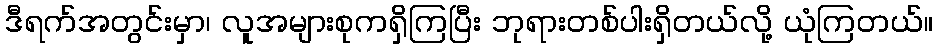
ဒီရက်အတွင်းမှာ၊ လူအများစုကရှိကြပြီး ဘုရားတစ်ပါးရှိတယ်လို့ ယုံကြတယ်။